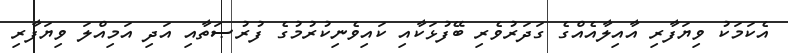
އެކަމަކު ވިޔަފާރި އާއިލާއެއްގެ ގަދަރުވެރި ބޭފުޅަކާއި ކައިވެނިކުރުމުގެ ފުރުޞަތާއި އަދި އަމިއްލަ ވިޔަފާރި